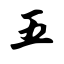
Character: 五